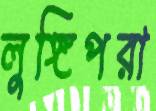
লুঙ্গিপরা